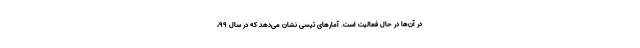
در آن‌ها در حال فعالیت است. آمارهای تپسی نشان می‌دهد که در سال ۹۹،